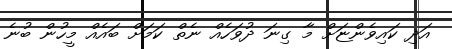
އަދި ކައިވެންޏަށް މާ ގިނަ ދުވަހެއް ނެތް ކަމަށް ބައެއް މީހުން ބުނެ